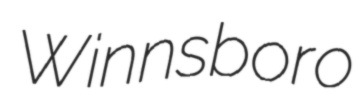
Winnsboro